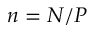
n = N / P